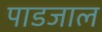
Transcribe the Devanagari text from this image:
पाडजाल